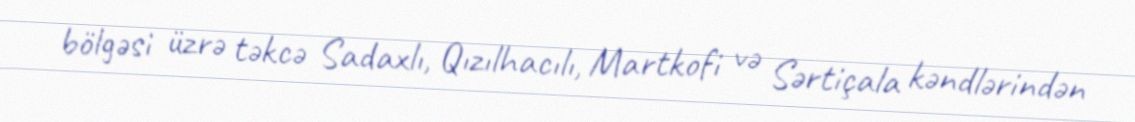
bölgəsi üzrə təkcə Sadaxlı, Qızılhacılı, Martkofi və Sərtiçala kəndlərindən